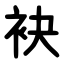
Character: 袂